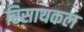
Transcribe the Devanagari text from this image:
रिसायकल